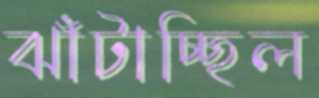
ঝাঁটাচ্ছিল